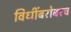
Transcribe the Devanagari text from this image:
विधींबरोबरच